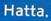
hatta.